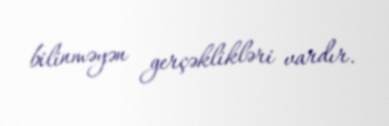
bilinməyən gerçəklikləri vardır.